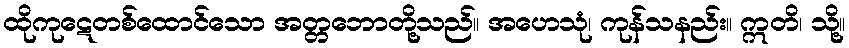
ထိုကုဋေတစ်ထောင်သော အတ္တဘောတို့သည်။ အဟေသုံ၊ ကုန်သနည်း။ ဣတိ၊ သို့။